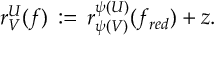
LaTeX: r _ { V } ^ { U } ( f ) \, : = \, r _ { \psi ( V ) } ^ { \psi ( U ) } ( f _ { r e d } ) + z .